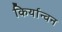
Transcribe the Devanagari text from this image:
किर्यान्वन